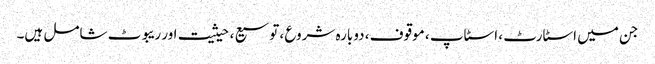
جن میں اسٹارٹ ، اسٹاپ ، موقوف ، دوبارہ شروع ، توسیع ، حیثیت اور ریبوٹ شامل ہیں۔